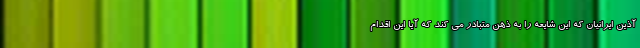
آذین ايرانيان که این شایعه را به ذهن متبادر می کند که آیا این اقدام